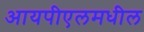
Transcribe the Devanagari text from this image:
आयपीएलमधील